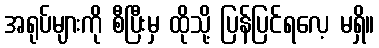
အရုပ်များကို စီပြီးမှ ထိုသို့ ပြန်ပြင်ရလေ့ မရှိ။